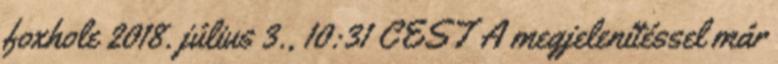
foxhole 2018. július 3., 10:31 CEST A megjelenítéssel már